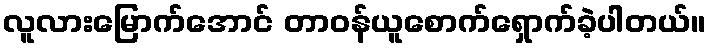
လူလားမြောက်အောင် တာဝန်ယူစောက်ရှောက်ခဲ့ပါတယ်။